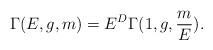
LaTeX: \begin{align*}\Gamma (E,g,m)=E^{D}\Gamma (1,g,\frac{m}{E}).\end{align*}